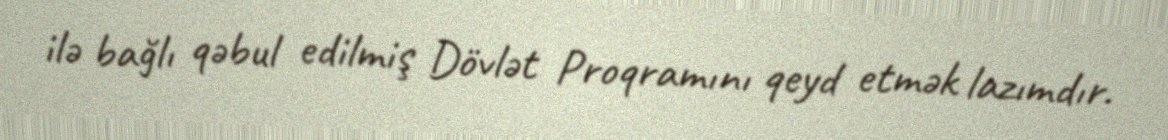
ilə bağlı qəbul edilmiş Dövlət Proqramını qeyd etmək lazımdır.